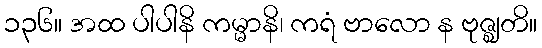
၁၃၆။ အထ ပါပါနိ ကမ္မာနိ၊ ကရံ ဗာလော န ဗုဇ္ဈတိ။